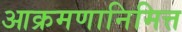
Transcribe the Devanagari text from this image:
आक्रमणानिमित्त